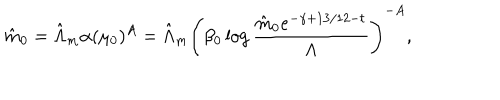
\hat { m } _ { 0 } = \hat { \Lambda } _ { m } \alpha ( \mu _ { 0 } ) ^ { A } = \hat { \Lambda } _ { m } \Biggl ( \beta _ { 0 } \log { \frac { \hat { m } _ { 0 } e ^ { - \gamma + 1 3 / 1 2 - t } } { \Lambda } } \Biggl ) ^ { - A } ,